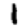
Digit: 1